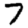
Digit: 7